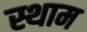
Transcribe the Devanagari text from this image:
स्थाम